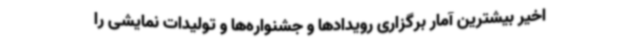
اخیر بیشترین آمار برگزاری رویدادها و جشنواره‌ها و تولیدات نمایشی را